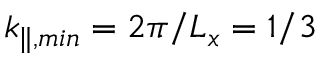
k _ { \parallel , m i n } = 2 \pi / L _ { x } = 1 / 3